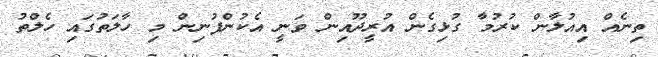
ތިނެއް އިއުލާން ކުރުމާ ގުޅިގެން އުރީދޫއިން ވަނީ އެކުންފުނިން މި ހާލަތުގައި ހެލްތު